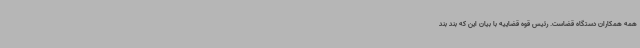
همه همکاران دستگاه قضاست. رئیس قوه قضاییه با بیان این که بند بند